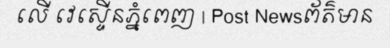
លើ វេស្ទើនភ្នំពេញ | Post Newsព័ត៌មាន